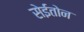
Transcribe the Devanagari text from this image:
सेईतोन